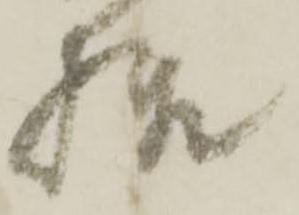
様